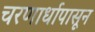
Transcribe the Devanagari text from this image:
चरणार्धापासून